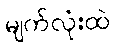
မျက်လုံးထဲ